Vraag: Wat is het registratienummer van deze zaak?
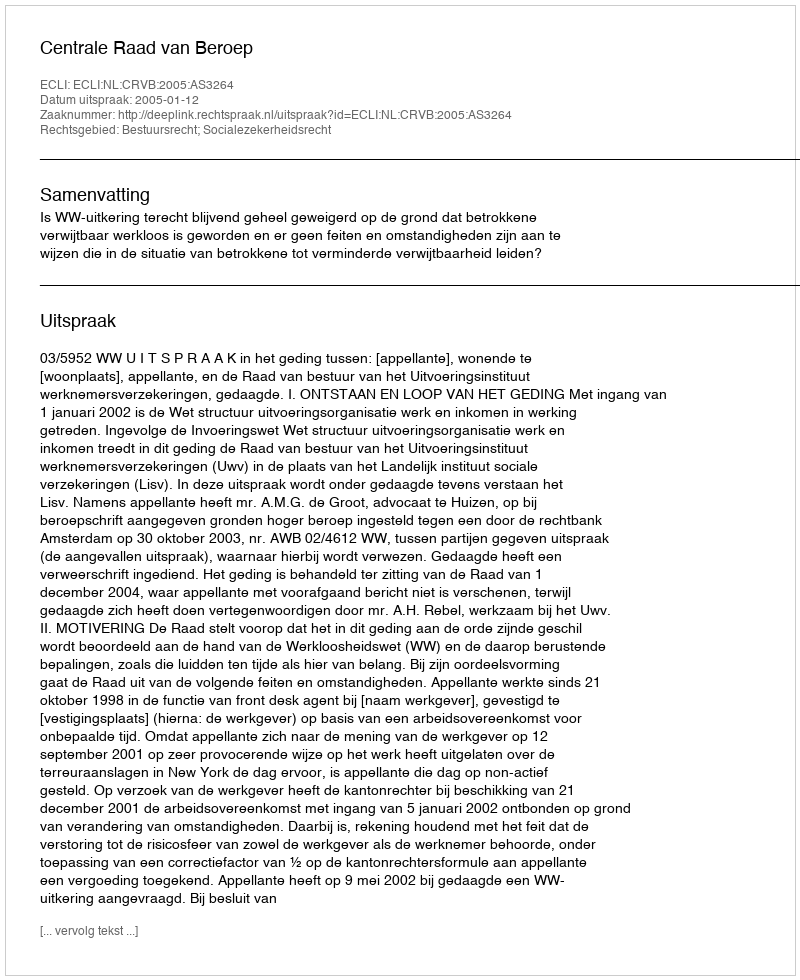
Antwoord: http://deeplink.rechtspraak.nl/uitspraak?id=ECLI:NL:CRVB:2005:AS3264